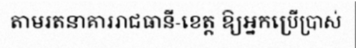
តាមរតនាគាររាជធានី-ខេត្ត ឱ្យអ្នកប្រើប្រាស់